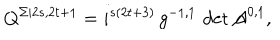
LaTeX: Q ^ { \Sigma | 2 s , 2 t + 1 } = i ^ { s ( 2 t + 3 ) } \, g ^ { - 1 , 1 } \, \det \mathcal { A } ^ { 0 , 1 } ,